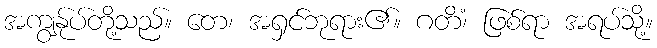
အကျွန်ုပ်တို့သည်။ တေ၊ အရှင်ဘုရား၏။ ဂတိံ၊ ဖြစ်ရာ အရပ်သို့။